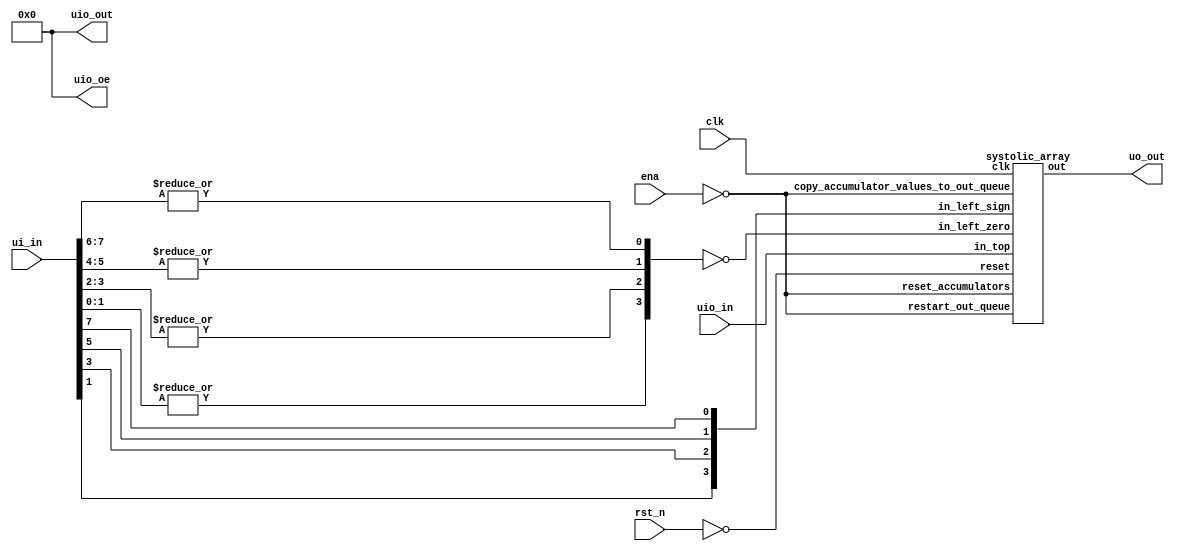
/*
 * Copyright (c) 2024 Your Name
 * SPDX-License-Identifier: Apache-2.0
 */


// TODOs:
//  * pack ternary 
//  * signal to shift accumulators by 1
//  * multiply by beta
//  * handle both signed & unsigned inputs

`define default_netname none

module tt_um_rejunity_1_58bit (
    input  wire [7:0] ui_in,    // Dedicated inputs
    output wire [7:0] uo_out,   // Dedicated outputs
    input  wire [7:0] uio_in,   // IOs: Input path
    output wire [7:0] uio_out,  // IOs: Output path
    output wire [7:0] uio_oe,   // IOs: Enable path (active high: 0=input, 1=output)
    input  wire       ena,      // will go high when the design is enabled
    input  wire       clk,      // clock
    input  wire       rst_n     // reset_n - low to reset
);
    assign uio_oe  = 0;         // bidirectional IOs set to INPUT
    assign uio_out = 0;         // drive bidirectional IO outputs to 0

    wire reset = ! rst_n;

    // decode ternary weights
    wire [3:0] weights_zero = ~ { |ui_in[1:0], |ui_in[3:2],  |ui_in[5:4], |ui_in[7:6] };
    wire [3:0] weights_sign =   {  ui_in[1  ],  ui_in[3  ],   ui_in[5  ],  ui_in[7  ] };

    // wire [3:0] weights_zero = ~ { |ui_in[7:6], |ui_in[5:4],  |ui_in[3:2], |ui_in[1:0] };
    // wire [3:0] weights_sign =   {  ui_in[7  ],  ui_in[5  ],   ui_in[3  ],  ui_in[1  ] };

    // @TODO: special weight to initiate readout
    wire       initiate_read_out = !ena;
    
    systolic_array systolic_array(
        .clk(clk),
        .reset(reset),

        .in_left_zero(weights_zero),
        .in_left_sign(weights_sign),
        .in_top(uio_in),
        .reset_accumulators(initiate_read_out),
        .copy_accumulator_values_to_out_queue(initiate_read_out),
        .restart_out_queue(initiate_read_out),
        
        .out(uo_out)
    );

endmodule

// module systolic_element (
//     input wire zero,
//     input wire sign,
//     input wire arg
// )

module systolic_array (
    input  wire       clk,
    input  wire       reset,

    input  wire [3:0] in_left_zero,
    input  wire [3:0] in_left_sign,
    input  wire [7:0] in_top,
    input  wire       reset_accumulators,
    input  wire       copy_accumulator_values_to_out_queue,
    input  wire       restart_out_queue,
    //input wire [2:0] apply_shift_to_out,
    //input wire       apply_relu_to_out,

    output wire [7:0] out
);
    reg  signed [16:0] accumulators      [3:0];
    wire signed [16:0] accumulators_next [3:0];
    reg  signed [16:0] out_queue         [3:0];
    reg          [1:0] out_queue_index;

    integer n;
    // // clocked accumulators[]
    // always @(posedge clk)
    //     for (n = 0; n < 4; n = n + 1)
    //         if (reset | reset_accumulators)
    //             accumulators[n] <= 0;
    //         else
    //             accumulators[n] <= accumulators_next[n];

    // // clocked out_queue[]
    // always @(posedge clk)
    //     for (n = 0; n < 4; n = n + 1)
    //         // if (reset)
    //         //     out_queue[n] <= 0;
    //         // else
    //             if (copy_accumulator_values_to_out_queue)
    //                 out_queue[n]    <= accumulators[n]; //accumulators_next[n];
            
    // // clocked out_queue_index[]
    // always @(posedge clk)
    //     if (reset | restart_out_queue)
    //         out_queue_index <= 0;
    //     else
    //         out_queue_index <= out_queue_index + 1;

    always @(posedge clk)
        for (n = 0; n < 4; n = n + 1) begin
            if (reset | reset_accumulators)
                accumulators[n] <= 0;
            else
                accumulators[n] <= accumulators_next[n];

            if (reset | restart_out_queue)
                out_queue_index <= 0;
            else
                out_queue_index <= out_queue_index + 1;

            if (copy_accumulator_values_to_out_queue)
                out_queue[n]    <= accumulators_next[n];
        end

    genvar i, j;
    generate
    for (j = 0; j < 1; j = j + 1)
        for (i = 0; i < 4; i = i + 1) begin : mac
            wire [16:0] value_curr  = accumulators     [i*1+j];
            wire [16:0] value_next  = accumulators_next[i*1+j];
            wire [16:0] value_queue = out_queue        [i*1+j];
            assign accumulators_next[i*1+j] =
                 reset ? 0 :
                 in_left_zero[i] ? accumulators[i*1+j] + 0 :
                (in_left_sign[i] ? accumulators[i*1+j] - $signed(in_top) :
                                   accumulators[i*1+j] + $signed(in_top));
        end
    endgenerate

    assign out = out_queue[out_queue_index] >> 8;
endmodule